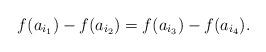
LaTeX: \begin{align*}f(a_{i_1}) - f(a_{i_2}) = f(a_{i_3}) - f(a_{i_4}).\end{align*}